Report on sanitation, dispensaries, and jails in Rajputana for 1913, and on vaccination for the year 1913-1914 - 1913-1914
Year: 1913
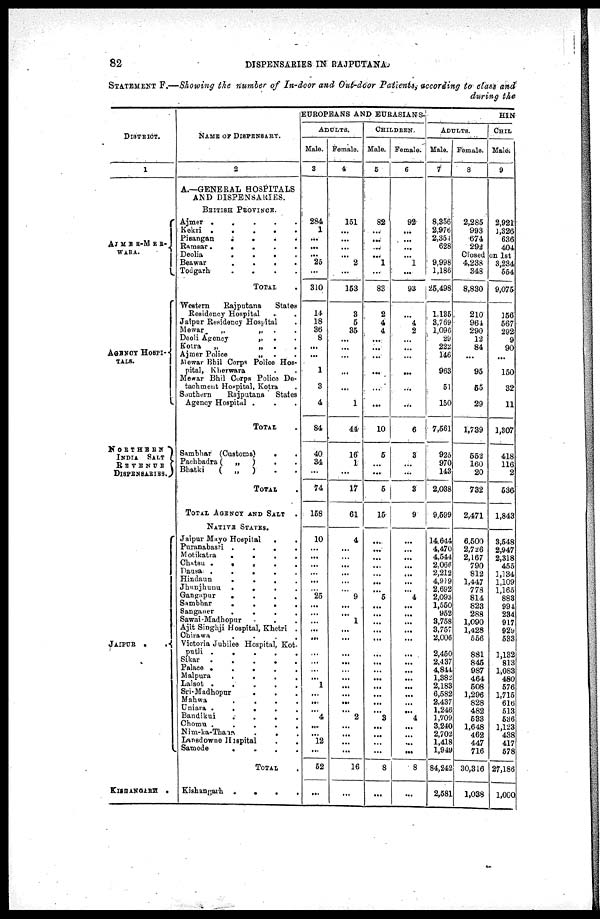
82
DISPENSARIES IN RAJPUTANA.
STATEMENT F.—Showing the number of In-door and Out-door Patients, according to class and
during the
DISTRICT.
1
AJMER-MER-
WARA.
AGENCY HOSPI-
TALS.
NORTHERN
INDIA
SALT
REVENUE
DISPENSARIES.
JAIPUR
.
.
KISHANGARH .
NAME OF DISPENSARY.
2
A.—GENERAL HOSPITALS
AND DISPENSARIES.
BRITISH
PROVINCE.
Ajmer . . . .
Kekri . . . . .
Pisangan
.
.
.
.
Ramsar
.
.
.
.
.
Deolia . . . .
Beawar
.
.
.
.
.
Todgarh
.
.
.
.
TOTAL .
Western
Rajputana
States
Residency Hospital . .
Jaipur Residency Hospital .
Mewar „ „ . .
Deoli Agency
„
.
.
Kotra
„
„
.
.
Ajmer Police „ . .
Mewar Bhil Corps Police Hos-
pital, Kherwara . .
Mewar Bhil Crops Police De-
tachment Hospital, Kotra .
Southern
Rajputana
States
Agency Hospital . . .
TOTAL .
Sambhar (Customs)
.
.
Pachbadra (
„
) . .
Bhatki
(
„
) . .
TOTAL .
TOTAL AGENCY AND SALT .
NATIVE STATES.
Jaipur Mayo Hospital
.
.
Puranabasti
.
.
.
Motikatra
.
.
.
.
Chatsu
.
.
.
.
.
Dausa
.
.
.
.
.
Hindaun
.
.
.
.
.
Jhunjhunu
.
.
.
.
.
Gangapur . . . .
Sambhar . . . . .
Sanganer
.
.
.
.
Sawai-Madhopur . . . .
Ajit Singhji Hospital, Khetri
Chirawa
.
.
.
.
Victoria Jubilee Hospital, Kot-
putli . . . .
Sikar
.
.
.
.
.
.
Palace
.
.
.
.
.
.
.
Malpura
.
.
.
.
.
Lalsot
.
.
.
.
.
Sri-Madhopur . . . .
Mahwa
.
.
.
.
.
Uniara . . . . .
Bandikui . . . . .
Chomu . . . .
Nim-ka-Thana . . .
Lansdowne Hospital . .
Samode
.
.
. .
TOTAL .
Kishangarh
.
.
. .
EUROPEANS AND EURASIANS
ADULTS.
Male.
3
284
1
...
...
...
25
...
310
14
18
36
8
...
...
1
3
4
84
40
34
...
74
158
10
...
...
...
...
...
...
25
...
...
...
...
...
...
...
...
...
1
...
...
...
4
....
...
12
...
52
...
Female.
4
151
...
...
...
...
2
...
153
3
5
35
...
...
...
...
...
1
44
16
1
...
17
61
4
...
...
...
...
...
...
9
...
...
1
...
...
...
...
...
...
...
...
...
...
2
...
...
...
...
16
...
CHILDREN.
Male.
5
82
...
...
...
...
1
...
83
2
4
4
...
...
...
...
...
...
10
5
...
...
5
15
...
...
...
...
...
...
...
5
...
...
...
...
...
...
...
...
...
...
...
...
...
3
...
...
...
...
8
...
Female.
6
92
...
...
...
...
1
...
93
...
4
2
...
...
...
...
...
...
6
3
...
...
3
9
...
...
...
...
...
...
...
4
...
...
...
...
...
...
...
...
...
...
...
...
...
4
...
...
...
...
8
...
HIN
ADULTS.
Male.
7
8,356
2,976
2,354
628
9,998
1,186
25,498
1,135
3,769
1,096
29
222
146
963
51
150
7,561
925
970
143
2,038
9,599
14,644
4,470
4,544
2,066
2,212
4,919
2,692
2,093
1,550
952
3,758
3,767
2,006
2,450
2,437
4,844
1,382
2,183
6,582
2,437
1,246
1,709
3,240
2,70
1,418
1,949
84,242
2,581
Female.
8
2,285
993
674
292
CHIL
Male.
9
2,921
1,326
636
404
Closed on 1st
4,238
348
8,830
210
964
290
12
84
...
95
55
29
1,789
552
160
20
732
2,471
6,500
2,726
2,167
790
812
1,447
778
814
823
288
1,090
1,428
556
881
845
987
464
508
1,296
828
482
533
1,648
462
447
716
30,316
1,038
3,234
554
9,075
156
567
292
9
90
...
150
32
11
1,307
418
116
2
536
1,843
3,548
2,947
2,318
455
1,134
1,109
1,165
883
991
234
917
929
533
1,132
813
1,083
480
576
1,715
616
513
536
1,123
438
417
578
27,186
1,000